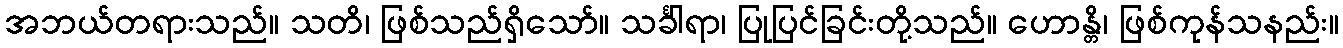
အဘယ်တရားသည်။ သတိ၊ ဖြစ်သည်ရှိသော်။ သင်္ခါရာ၊ ပြုပြင်ခြင်းတို့သည်။ ဟောန္တိ၊ ဖြစ်ကုန်သနည်း။